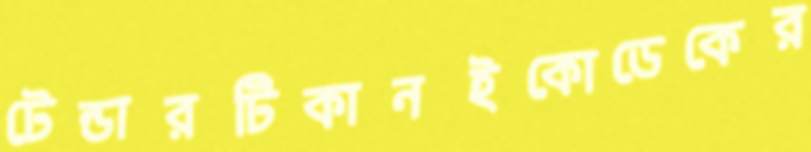
টেন্ডারটিকানইকোডেকের